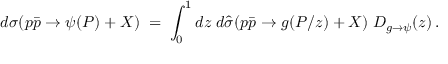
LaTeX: d \sigma ( p \bar { p } \to \psi ( P ) + X ) \; = \; \int _ { 0 } ^ { 1 } d z \; d \hat { \sigma } ( p \bar { p } \to g ( P / z ) + X ) \; D _ { g \to \psi } ( z ) \, .